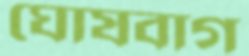
ঘোষবাগ